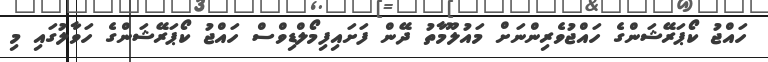
ހައްޖު ކޯޕަރޭޝަންގެ ހައްޖުވެރިންނަށް މައުލޫމާތު ދޭން ފަށައިފިމޯލްޑިވްސް ހައްޖު ކޯޕަރޭޝަންގެ ހަވާލުގައި މި